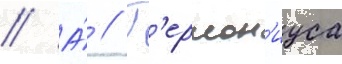
// А́ // Г'ермон'иуса